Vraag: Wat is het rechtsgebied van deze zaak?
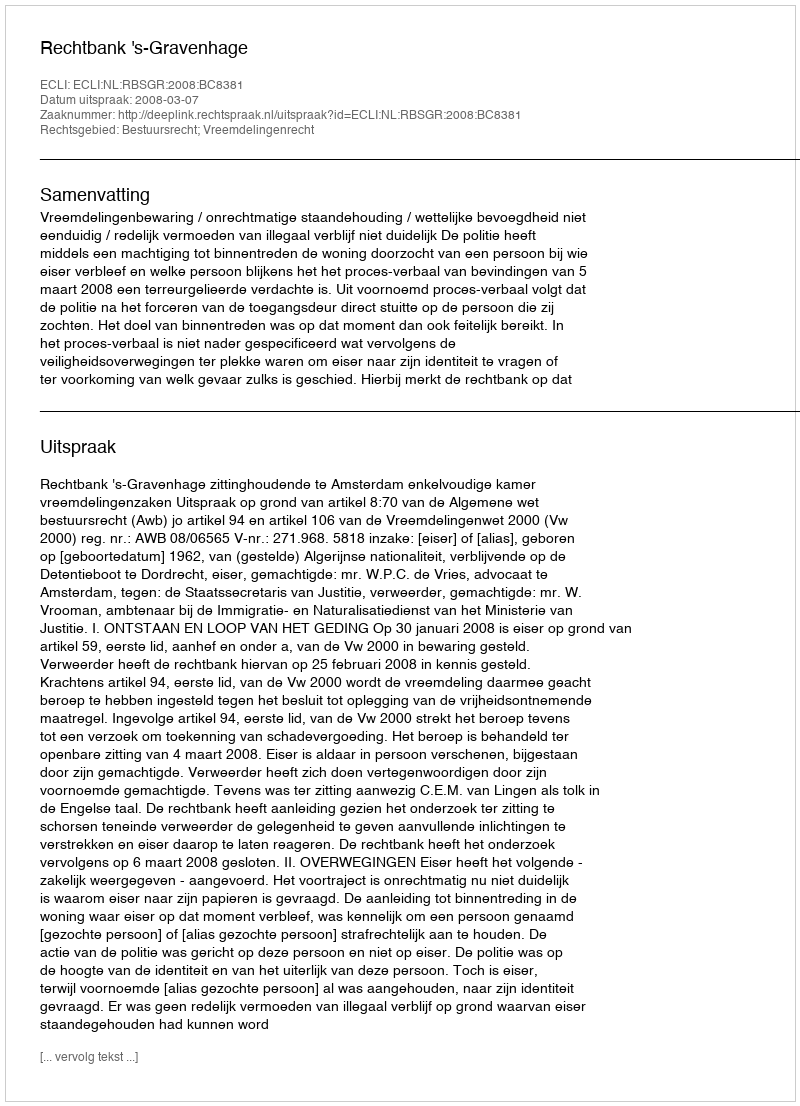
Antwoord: Bestuursrecht; Vreemdelingenrecht